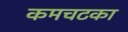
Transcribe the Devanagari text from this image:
कमचटका